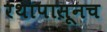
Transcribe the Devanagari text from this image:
रथापासूनच